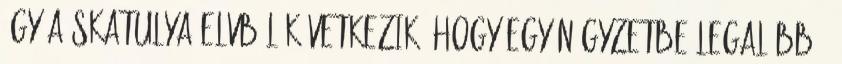
Így a skatulya-elvből következik, hogy egy négyzetbe legalább 2